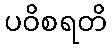
ပဝိစရတိ